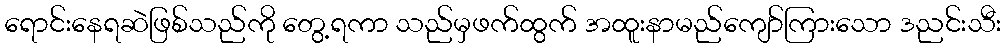
ရောင်းနေရဆဲဖြစ်သည်ကို တွေ့ရကာ သည်မှဖက်ထွက် အထူးနာမည်ကျော်ကြားသော ဒညင်းသီး